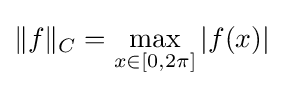
\|f\|_{C}=\max _{x\in [0,2\pi ]}|f(x)|